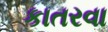
કાતરવા